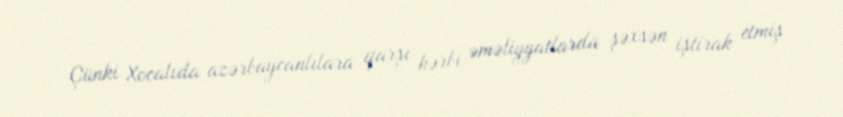
Çünki Xocalıda azərbaycanlılara qarşı hərbi əməliyyatlarda şəxsən iştirak etmiş